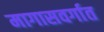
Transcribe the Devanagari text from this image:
मागासवर्गात